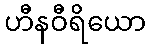
ဟီနဝီရိယော